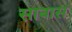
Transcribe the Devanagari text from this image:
साबास